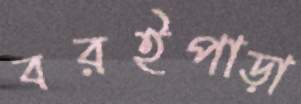
বরইপাড়া